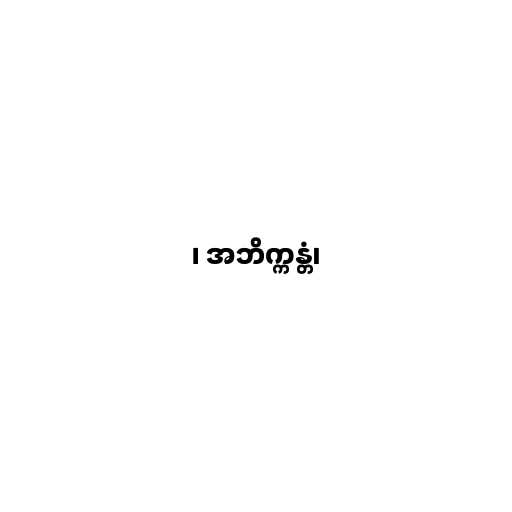
၊ အဘိက္ကန္တံ၊